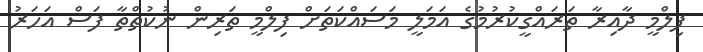
ފިލްމީ ދާއިރާ ތަރައްގީކުރުމުގެ އަމަލީ މަސައްކަތަށް ފިލްމީ ތަރިން ނުކުތްތާ ފަސް އަހަރު